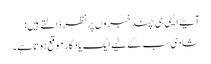
آئیے ایسی ہی چند خبروں پر نظر ڈالتے ہیں:
شادی سب کے لیے ایک یادگار موقع ہوتا ہے۔